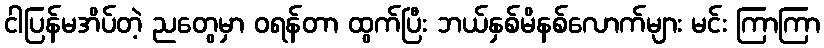
ငါပြန်မအိပ်တဲ့ ညတွေမှာ ဝရန်တာ ထွက်ပြီး ဘယ်နှစ်မိနစ်လောက်များ မင်း ကြာကြာ